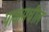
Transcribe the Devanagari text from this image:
पाकमधील